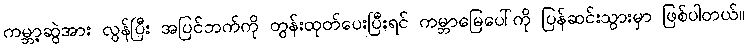
ကမ္ဘာ့ဆွဲအား လွန်ပြီး အပြင်ဘက်ကို တွန်းထုတ်ပေးပြီးရင် ကမ္ဘာမြေပေါ်ကို ပြန်ဆင်းသွားမှာ ဖြစ်ပါတယ်။